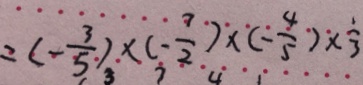
= ( - \frac { 3 } { 5 } ) \times ( - \frac { 7 } { 2 } ) \times ( - \frac { 4 } { 5 } ) \times \frac { 1 } { 3 }